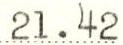
21.42